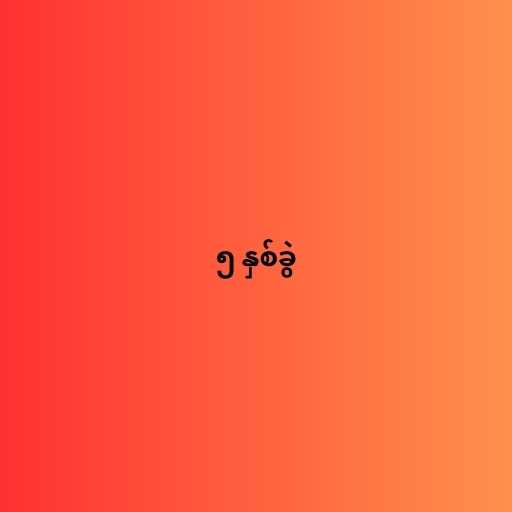
၅ နှစ်ခွဲ